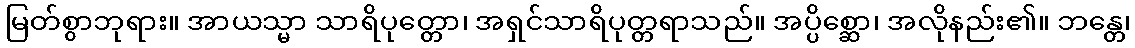
မြတ်စွာဘုရား။ အာယသ္မာ သာရိပုတ္တော၊ အရှင်သာရိပုတ္တရာသည်။ အပ္ပိစ္ဆော၊ အလိုနည်း၏။ ဘန္တေ၊